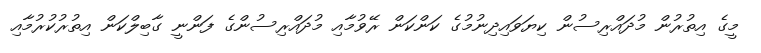
މީގެ އިތުރުން މުދައްރިސުން ކިޔަވައިދިނުމުގެ ކަންކަން ރޭވުމާއި މުދައްރިސުންގެ ފަންނީ ގާބިލްކަން އިތުރުކުރުމާއި